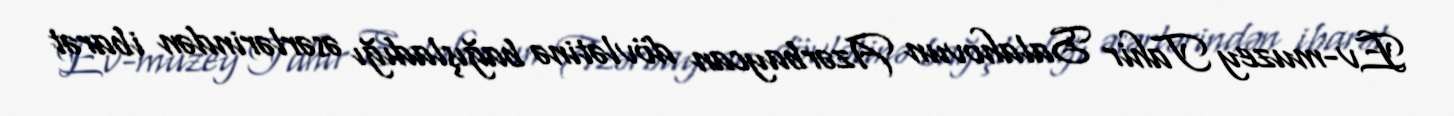
Ev-muzey Tahir Salahovun Azərbaycan dövlətinə bağışladığı əsərlərindən ibarət